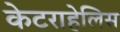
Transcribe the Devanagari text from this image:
केटराहेलिस